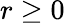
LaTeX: r\ge 0